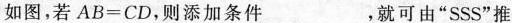
如图，若$$A B = C D$$，则添加条件___，就可由“SSS”